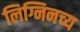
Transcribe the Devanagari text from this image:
लिग्निनच्य